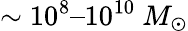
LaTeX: \sim 10^{8}–10^{10}\ M_{\odot}